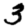
Digit: 3